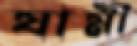
যামী